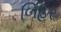
બિહર